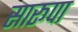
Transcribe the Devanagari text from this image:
सारूपा